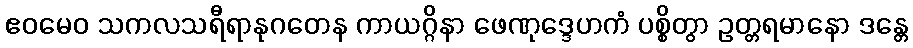
ဧဝမေဝ သကလသရီရာနုဂတေန ကာယဂ္ဂိနာ ဖေဏုဒ္ဒေဟကံ ပစ္စိတွာ ဥတ္တရမာနော ဒန္တေ